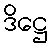
ဒိဋ္ဌေ